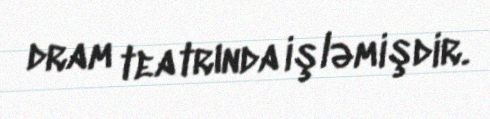
dram teatrında işləmişdir.